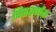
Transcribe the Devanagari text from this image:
पित्तवर्णक